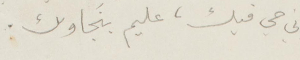
واني في قلبك، عليم بنجاولك